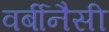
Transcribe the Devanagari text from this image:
वर्बीनैसी